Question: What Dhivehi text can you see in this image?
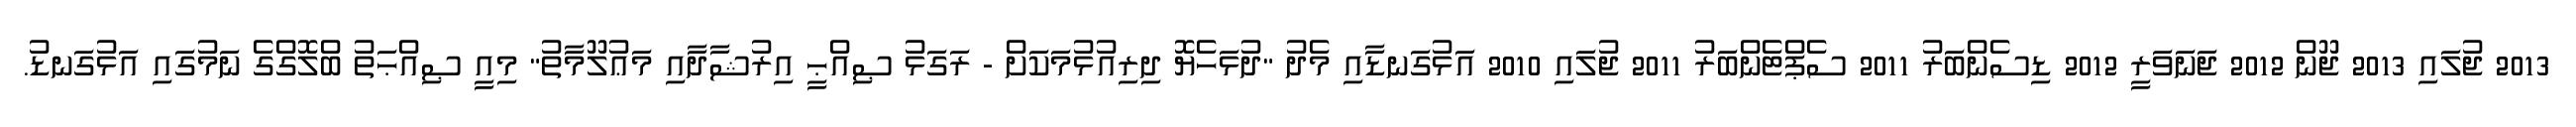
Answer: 2013 ޖުލައި 2013 ޖޫން 2012 ޖަނަވަރީ 2012 ޑިސެންބަރު 2011 ސެޕްޓެންބަރު 2011 ޖުލައި 2010 އަޅުގަނޑާއި މެދު "ދުޅަހެޔޮ ދިރިއުޅުމަކަށް - ރަގަޅު ޞިއްޙީ އިރުޝާދާއި މަޢުލޫމާތު" މިއީ ޞިއްޙަތު ބްލޮގްގެ ނަމުގައި އަޅުގަނޑު.